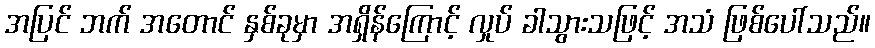
အပြင် ဘက် အတောင် နှစ်ခုမှာ အရှိန်ကြောင့် လှုပ် ခါသွားသဖြင့် အသံ ဖြစ်ပေါ်သည်။